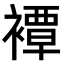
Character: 𧝓